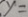
y =